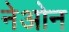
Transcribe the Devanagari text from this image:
नेओन